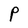
Character: P